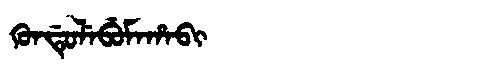
Manchu: ᡴᡠᠨᡩᡠᠯᡝᠪᡠᠮᠠᡥᠠᠪᡳ
Romanization: KUNDULEBUMAHABI